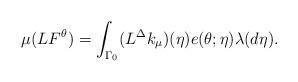
LaTeX: \begin{align*} \mu(L F^\theta) = \int_{\Gamma_0} (L^\Delta k_\mu)(\eta) e(\theta;\eta) \lambda (d\eta).\end{align*}